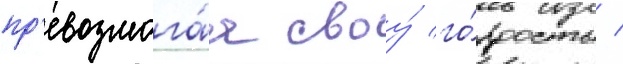
пр'евозмога́я своу́ го́рдость /